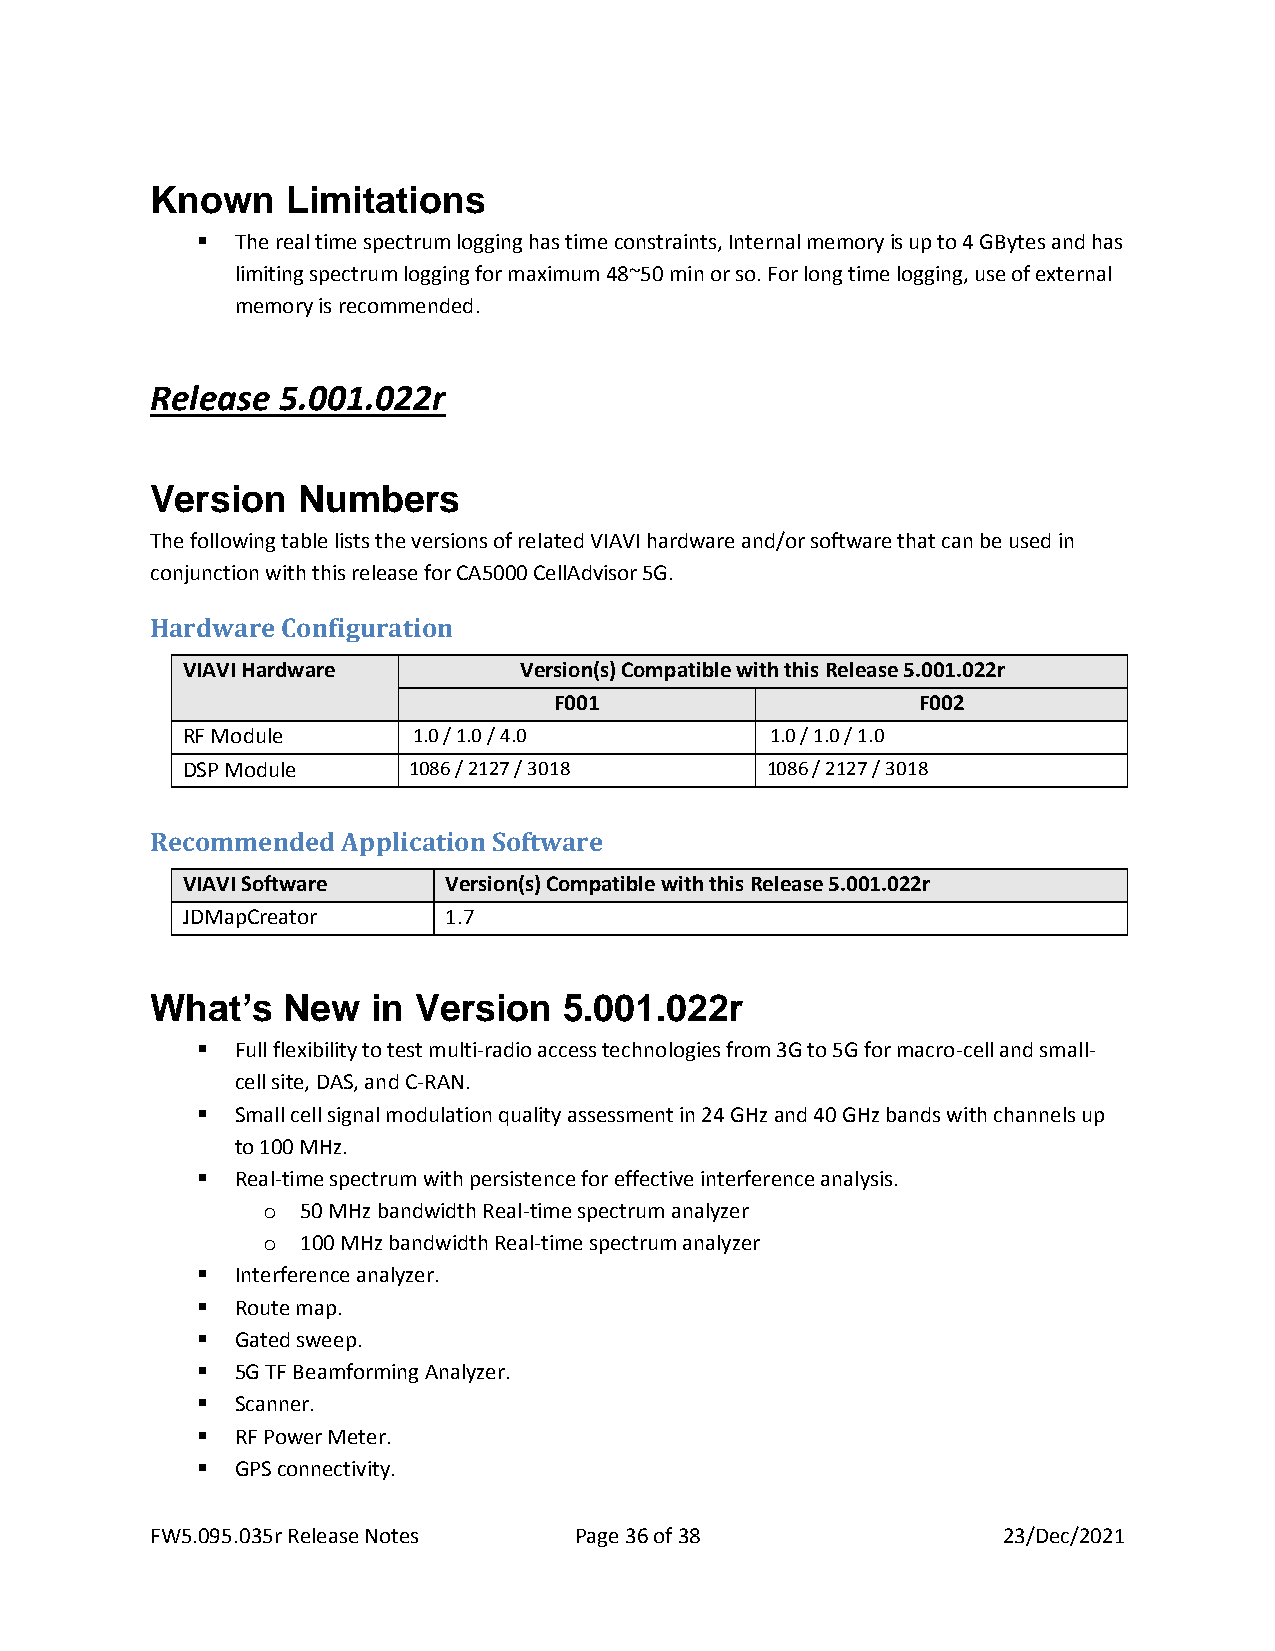
Known    Limitations
 ▪  The real time spectrum logging has time constraints, Internal memory is up to 4 GBytes and has
 limiting spectrum logging for maximum 48~50 min or so. For long time logging, use of external
 memory is recommended.
 Release 5.001.022r
 Version   Numbers
 The following table lists the versions of related VIAVI hardware and/or software that can be used in
 conjunction with this release for CA5000 CellAdvisor 5G.
 Hardware Configuration
 VIAVI Hardware        Version(s) Compatible with this Release 5.001.022r
 F001                    F002
 RF Module      1.0 / 1.0 / 4.0         1.0 / 1.0 / 1.0
 DSP Module     1086 / 2127 / 3018      1086 / 2127 / 3018
 Recommended  Application Software
 VIAVI Software   Version(s) Compatible with this Release 5.001.022r
 JDMapCreator     1.7
 What’s   New   in Version  5.001.022r
 ▪  Full flexibility to test multi-radio access technologies from 3G to 5G for macro-cell and small-
 cell site, DAS, and C-RAN.
 ▪  Small cell signal modulation quality assessment in 24 GHz and 40 GHz bands with channels up
 to 100 MHz.
 ▪  Real-time spectrum with persistence for effective interference analysis.
 o  50 MHz bandwidth Real-time spectrum analyzer
 o  100 MHz bandwidth Real-time spectrum analyzer
 ▪  Interference analyzer.
 ▪  Route map.
 ▪  Gated sweep.
 ▪  5G TF Beamforming Analyzer.
 ▪  Scanner.
 ▪  RF Power Meter.
 ▪  GPS connectivity.
 FW5.095.035r Release Notes  Page 36 of 38               23/Dec/2021